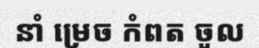
នាំ ម្រេច កំពត ចូល